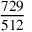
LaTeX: \frac { 7 2 9 } { 5 1 2 }